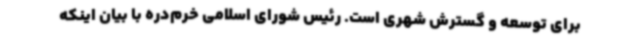
برای توسعه و گسترش شهری است. رئیس شورای اسلامی خرم‌دره با بیان اینکه